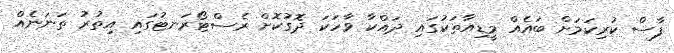
ފާސް ކުރިކަމަށް ބައެއް މީޑިއާތަކުގައި ދައްކާ ވާހަކަ ދޮގުކޮށް ރެސްޓޯރަނޓުގައި އިތުރު ތަނަނެއް